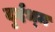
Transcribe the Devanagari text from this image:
दुर्दभ्म